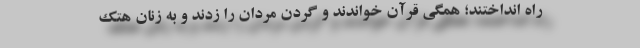
راه انداختند؛ همگی قرآن خواندند و گردن مردان را زدند و به زنان هتک